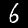
Label: 6